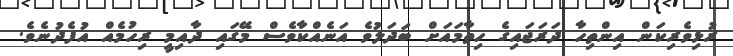
ރުޅިވެރިކަން އިންތިހާ ދަރަޖައިގެ ހިތާމައަށް ބަދަލުވެ އަނެއްކާވެސް މޭގައި ދާއިމީ ރިހުމެއް އުފެދުނެވެ.